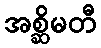
အစ္ဆိမတီ